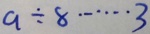
a \div 8 \cdots 3